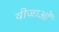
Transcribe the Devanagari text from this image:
वीजाओं